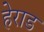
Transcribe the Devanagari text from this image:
हेराड